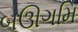
બઊગમિ